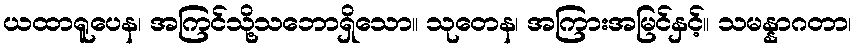
ယထာရူပေန၊ အကြင်သို့သဘောရှိသော။ သုတေန၊ အကြားအမြင်နှင့်။ သမန္နာဂတာ၊